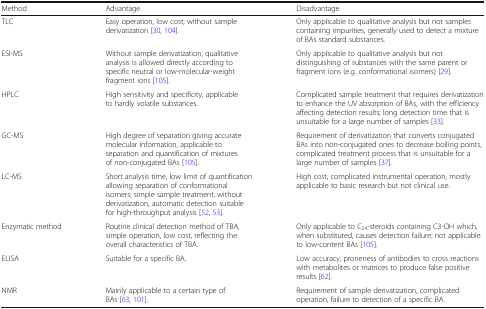
| Method | Advantage | Disadvantage |
 | --- | --- | --- |
 | TLC | Easy operation, low cost; without sample derivatization [30, 104]. | Only applicable to qualitative analysis but not samples containing impurities, generally used to detect a mixture of BAs standard substances. |
 | ESI-MS | Without sample derivatization, qualitative analysis is allowed directly according to specific neutral or low-molecular-weight fragment ions [105]. | Only applicable to qualitative analysis but not distinguishing of substances with the same parent or fragment ions (e.g. conformational isomers) [29]. |
 | HPLC | High sensitivity and specificity, applicable to hardly volatile substances. | Complicated sample treatment that requires derivatization to enhance the UV absorption of BAs, with the efficiency affecting detection results; long detection time that is unsuitable for a large number of samples [33]. |
 | GC-MS | High degree of separation giving accurate molecular information, applicable to separation and quantification of mixtures of non-conjugated BAs [105]. | Requirement of derivatization that converts conjugated BAs into non-conjugated ones to decrease boiling points, complicated treatment process that is unsuitable for a large number of samples [37]. |
 | LC-MS | Short analysis time, low limit of quantification allowing separation of conformational isomers; simple sample treatment, without derivatization, automatic detection suitable for high-throughput analysis [52, 53]. | High cost, complicated instrumental operation, mostly applicable to basic research but not clinical use. |
 | Enzymatic method | Routine clinical detection method of TBA, simple operation, low cost, reflecting the overall characteristics of TBA. | Only applicable to C24-steroids containing C3-OH which, when substituted, causes detection failure; not applicable to low-content BAs [105]. |
 | ELISA | Suitable for a specific BA. | Low accuracy, proneness of antibodies to cross reactions with metabolites or matrices to produce false positive results [62]. |
 | NMR | Mainly applicable to a certain type of BAs [63, 101]. | Requirement of sample derivatization, complicated operation, failure to detection of a specific BA. |